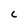
Character: C